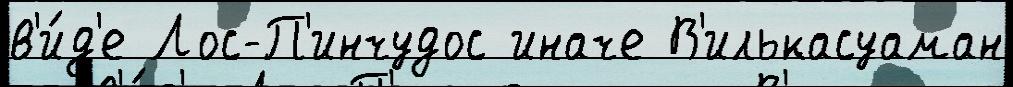
в'и́д'е Лос-П'инчудос иначе В'илькасуаман